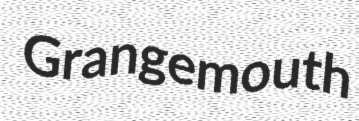
Grangemouth